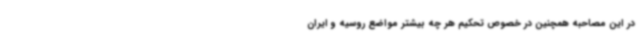
در این مصاحبه همچنین در خصوص تحکیم هر چه بیشتر مواضع روسیه و ایران